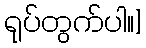
ရုပ်တွက်ပါ။]